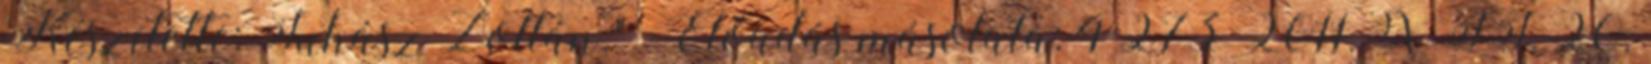
Készítette: Juhász Zoltán."— Előadás másolata: 4 273 2011. XII. 20.